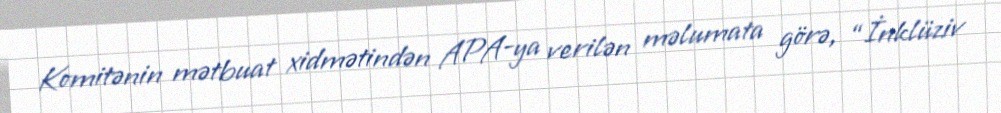
Komitənin mətbuat xidmətindən APA-ya verilən məlumata görə, “İnklüziv